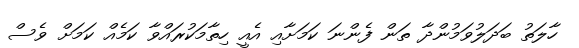
ހާލަތު ބަދަލުވަމުންދާ ތަން ފެންނަ ކަމަށާއި އެއީ ހިތާމަކުރައްވާ ކަމެއް ކަމަށް ވެސް